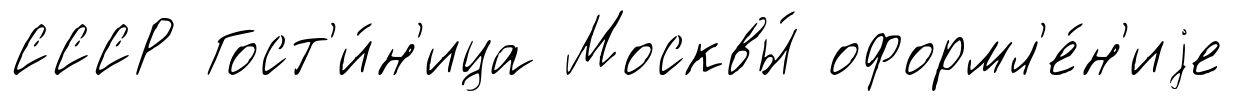
СССР Гост'и́н'ица Москвы́ оформл'е́н'иjе